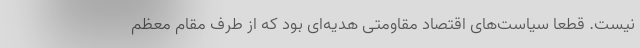
نیست. قطعا سیاست‌های اقتصاد مقاومتی هدیه‌ای بود که از طرف مقام معظم